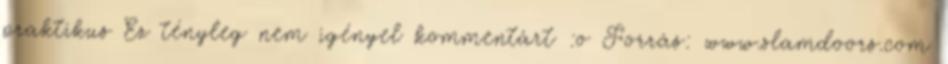
praktikus Ez tényleg nem igényel kommentárt :o Forrás: www.slamdoors.com